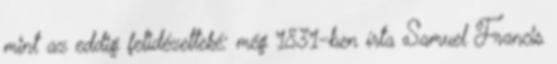
mint az eddig felidézetteké: még 1831-ben írta Samuel Francis